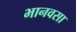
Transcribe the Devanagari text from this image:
भानवसा